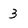
Character: 3